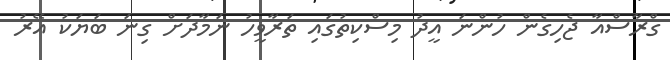
ގްރާސްއާ ޖެހިގެން ހުންނަ އީދު މިސްކިތުގައި ތަރާވީހު ނަމާދަށް ގިނަ ބަޔަކު އޭރު